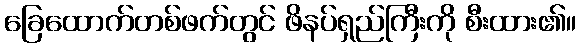
ခြေထောက်တစ်ဖက်တွင် ဖိနပ်ရှည်ကြီးကို စီးထား၏။